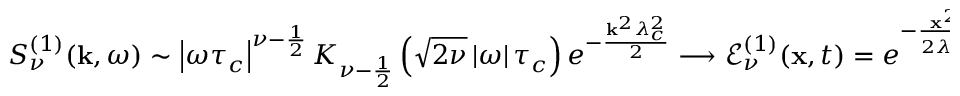
S _ { \nu } ^ { ( 1 ) } ( \mathbf { k } , \omega ) \sim \left| \omega \tau _ { c } \right| ^ { \nu - \frac { 1 } { 2 } } K _ { \nu - \frac { 1 } { 2 } } \left( \sqrt { 2 \nu } \left| \omega \right| \tau _ { c } \right) e ^ { - \frac { \mathbf { k } ^ { 2 } \lambda _ { c } ^ { 2 } } { 2 } } \longrightarrow \mathcal { E } _ { \nu } ^ { ( 1 ) } ( \mathbf { x } , t ) = e ^ { - \frac { \mathbf { x } ^ { 2 } } { 2 \lambda _ { c } ^ { 2 } } } ( 1 + \frac { t ^ { 2 } } { 2 \tau _ { c } ^ { 2 } \nu } ) ^ { - \nu } .